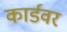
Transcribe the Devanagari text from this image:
कार्डवर